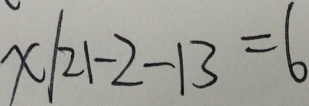
x \vert 2 1 - 2 - 1 3 = 6